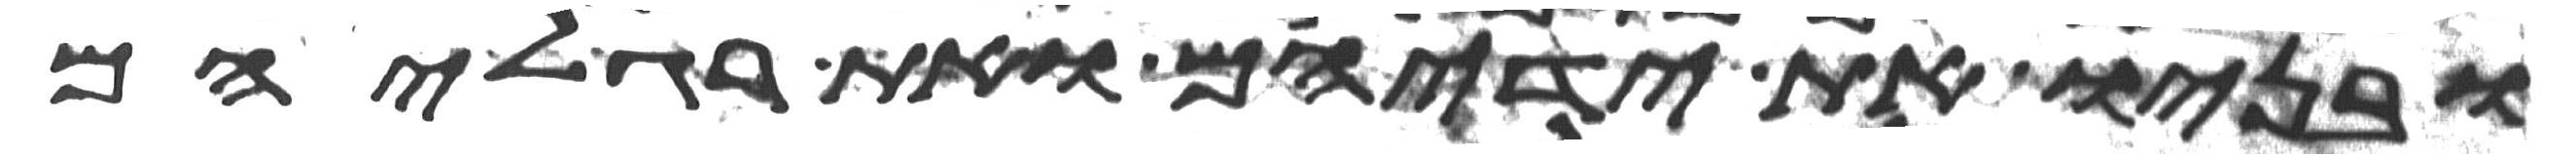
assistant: ובניו את ידיהם ואת רגליהם